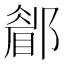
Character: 𨞅